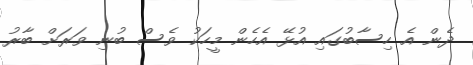
ދެން އެ ހިސާބުގައި އުޅޭ އެހެން މީހަކު ވެސް ބުނި ވަރަށް ބާރު